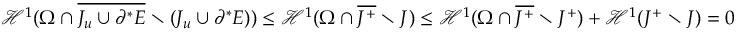
{ \mathcal { H } } ^ { 1 } ( \Omega \cap \overline { { J _ { u } \cup \partial ^ { * } E } } \setminus ( J _ { u } \cup \partial ^ { * } E ) ) \leq { \mathcal { H } } ^ { 1 } ( \Omega \cap \overline { { J ^ { + } } } \setminus J ) \leq { \mathcal { H } } ^ { 1 } ( \Omega \cap \overline { { J ^ { + } } } \setminus J ^ { + } ) + { \mathcal { H } } ^ { 1 } ( J ^ { + } \setminus J ) = 0